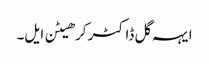
ایہہ گل ڈاکٹر کرھیٹن ایل۔